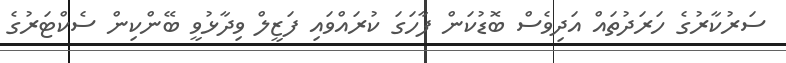
ސަރުކާރުގެ ހަރަދުތައް އަދިވެސް ބޮޑުކަން ފާހަގަ ކުރައްވައި ފަޒީލް ވިދާޅުވީ ބޭންކިން ސެކްޓަރުގެ